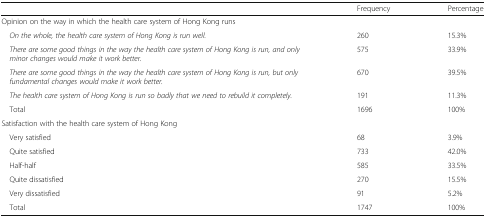
<table><thead><tr><td></td><td><b>Frequency</b></td><td><b>Percentage</b></td></tr></thead><tbody><tr><td colspan="3">Opinion on the way in which the health care system of Hong Kong runs</td></tr><tr><td><i> On the whole, the health care system of Hong Kong is run well.</i></td><td>260</td><td>15.3%</td></tr><tr><td><i> There are some good things in the way the health care system of Hong Kong is run, and only minor changes would make it work better.</i></td><td>575</td><td>33.9%</td></tr><tr><td><i> There are some good things in the way the health care system of Hong Kong is run, but only fundamental changes would make it work better.</i></td><td>670</td><td>39.5%</td></tr><tr><td><i> The health care system of Hong Kong is run so badly that we need to rebuild it completely.</i></td><td>191</td><td>11.3%</td></tr><tr><td> Total</td><td>1696</td><td>100%</td></tr><tr><td colspan="3">Satisfaction with the health care system of Hong Kong</td></tr><tr><td> Very satisfied</td><td>68</td><td>3.9%</td></tr><tr><td> Quite satisfied</td><td>733</td><td>42.0%</td></tr><tr><td> Half-half</td><td>585</td><td>33.5%</td></tr><tr><td> Quite dissatisfied</td><td>270</td><td>15.5%</td></tr><tr><td> Very dissatisfied</td><td>91</td><td>5.2%</td></tr><tr><td> Total</td><td>1747</td><td>100%</td></tr></tbody></table>